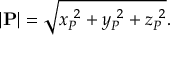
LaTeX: | \mathbf { P } | = { \sqrt { x _ { P } ^ { \ 2 } + y _ { P } ^ { \ 2 } + z _ { P } ^ { \ 2 } } } .